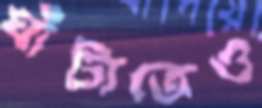
ঘাঁটাতেও